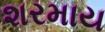
શરમાય